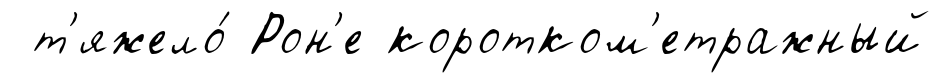
т'яжело́ Рон'е коротком'етражный